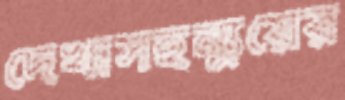
দেখাসহন্যুয়ের